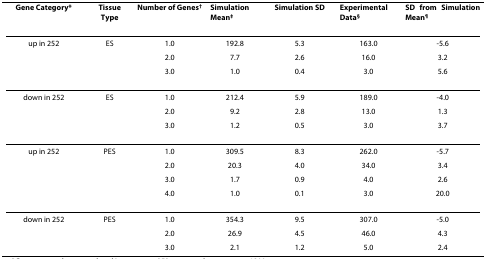
<table><thead><tr><td><b>Gene Category*</b></td><td><b>Tissue Type</b></td><td><b>Number of Genes<sup>†</sup></b></td><td><b>Simulation Mean<sup>‡</sup></b></td><td><b>Simulation SD</b></td><td><b>Experimental Data<sup>§</sup></b></td><td><b>SD from Simulation Mean<sup>¶</sup></b></td></tr></thead><tbody><tr><td>up in 252</td><td>ES</td><td>1.0</td><td>192.8</td><td>5.3</td><td>163.0</td><td>-5.6</td></tr><tr><td></td><td></td><td>2.0</td><td>7.7</td><td>2.6</td><td>16.0</td><td>3.2</td></tr><tr><td></td><td></td><td>3.0</td><td>1.0</td><td>0.4</td><td>3.0</td><td>5.6</td></tr><tr><td>down in 252</td><td>ES</td><td>1.0</td><td>212.4</td><td>5.9</td><td>189.0</td><td>-4.0</td></tr><tr><td></td><td></td><td>2.0</td><td>9.2</td><td>2.8</td><td>13.0</td><td>1.3</td></tr><tr><td></td><td></td><td>3.0</td><td>1.2</td><td>0.5</td><td>3.0</td><td>3.7</td></tr><tr><td>up in 252</td><td>PES</td><td>1.0</td><td>309.5</td><td>8.3</td><td>262.0</td><td>-5.7</td></tr><tr><td></td><td></td><td>2.0</td><td>20.3</td><td>4.0</td><td>34.0</td><td>3.4</td></tr><tr><td></td><td></td><td>3.0</td><td>1.7</td><td>0.9</td><td>4.0</td><td>2.6</td></tr><tr><td></td><td></td><td>4.0</td><td>1.0</td><td>0.1</td><td>3.0</td><td>20.0</td></tr><tr><td>down in 252</td><td>PES</td><td>1.0</td><td>354.3</td><td>9.5</td><td>307.0</td><td>-5.0</td></tr><tr><td></td><td></td><td>2.0</td><td>26.9</td><td>4.5</td><td>46.0</td><td>4.3</td></tr><tr><td></td><td></td><td>3.0</td><td>2.1</td><td>1.2</td><td>5.0</td><td>2.4</td></tr></tbody></table>